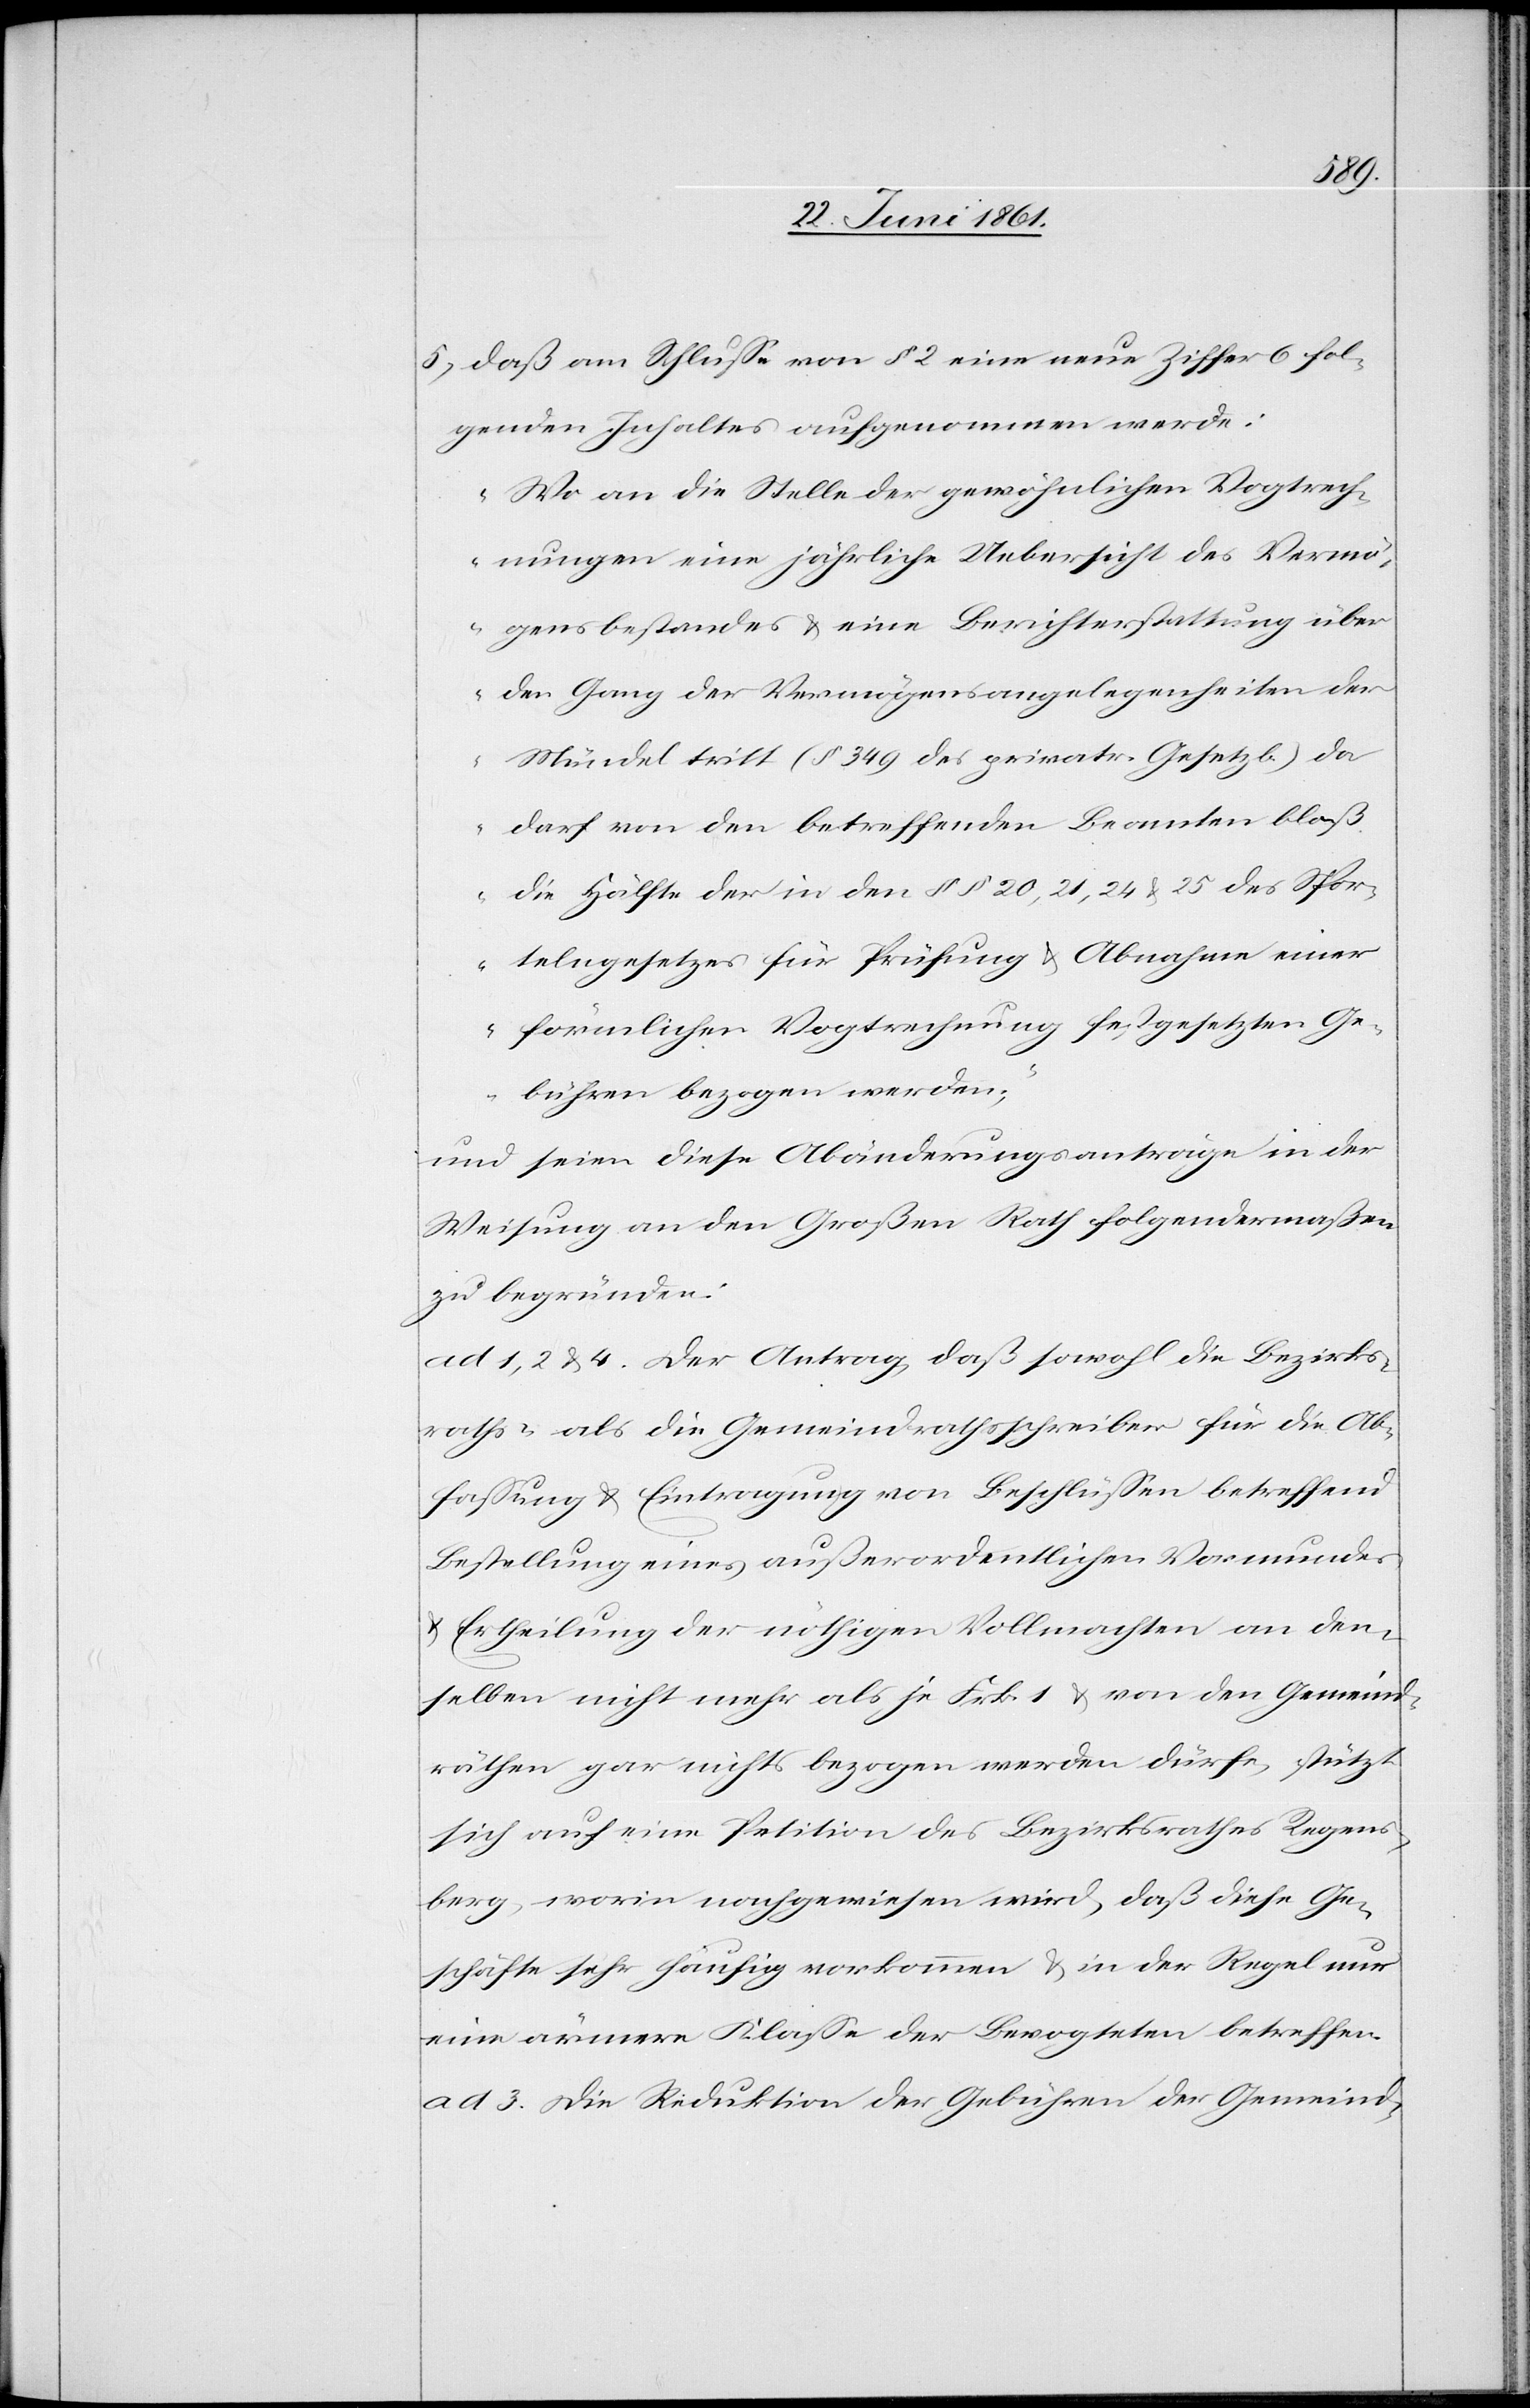
5) daß am Schlusse von § 2 eine neue Ziffer 6 fol¬
genden Inhaltes aufgenommen werde:
„Wo an die Stelle der gewöhnlichen Vogtrech¬
nungen eine jährliche Uebersicht des Vermö¬
gensbestandes u. eine Berichterstattung über
den Gang der Vermögensangelegenheiten der
Mündel tritt (§ 349 des privatr. Gesetzb.) da
darf von den betreffenden Beamten bloß
die Hälfte der in den §§ 20, 21, 24 u. 25 des Spor¬
telngesetzes für Prüfung u. Abnahme einer
förmlichen Vogtrechnung festgesetzten Ge¬
bühren bezogen werden;“
und seien diese Abänderungsanträge in der
Weisung an den Großen Rath folgendermaßen
zu begründen:
ad 1, 2, u. 4. Der Antrag, daß sowohl die Bezirks¬
raths- als die Gemeindrathsschreiber für die Ab¬
fassung u. Eintragung von Beschlüssen betreffend
Bestellung eines außerordentlichen Vormundes
u. Ertheilung der nöthigen Vollmachten an den¬
selben nicht mehr als je Frk. 1 u. von den Gemeind¬
räthen gar nichts bezogen werden dürfe, stützt
sich auf eine Petition des Bezirksrathes Regens¬
berg, worin nachgewiesen wird, daß diese Ge¬
schäfte sehr häufig vorkommen u. in der Regel nur
eine ärmere Klasse der Bevogteten betreffen.
ad 3. Die Reduktion der Gebühren der Gemeind-